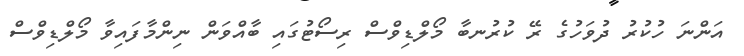
އަންނަ ހުކުރު ދުވަހުގެ ރޭ ކުރުނބާ މޯލްޑިވްސް ރިސޯޓުގައި ބާއްވަން ނިންމާފައިވާ މޯލްޑިވްސް